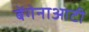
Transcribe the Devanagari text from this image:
बेंगेनाआटी